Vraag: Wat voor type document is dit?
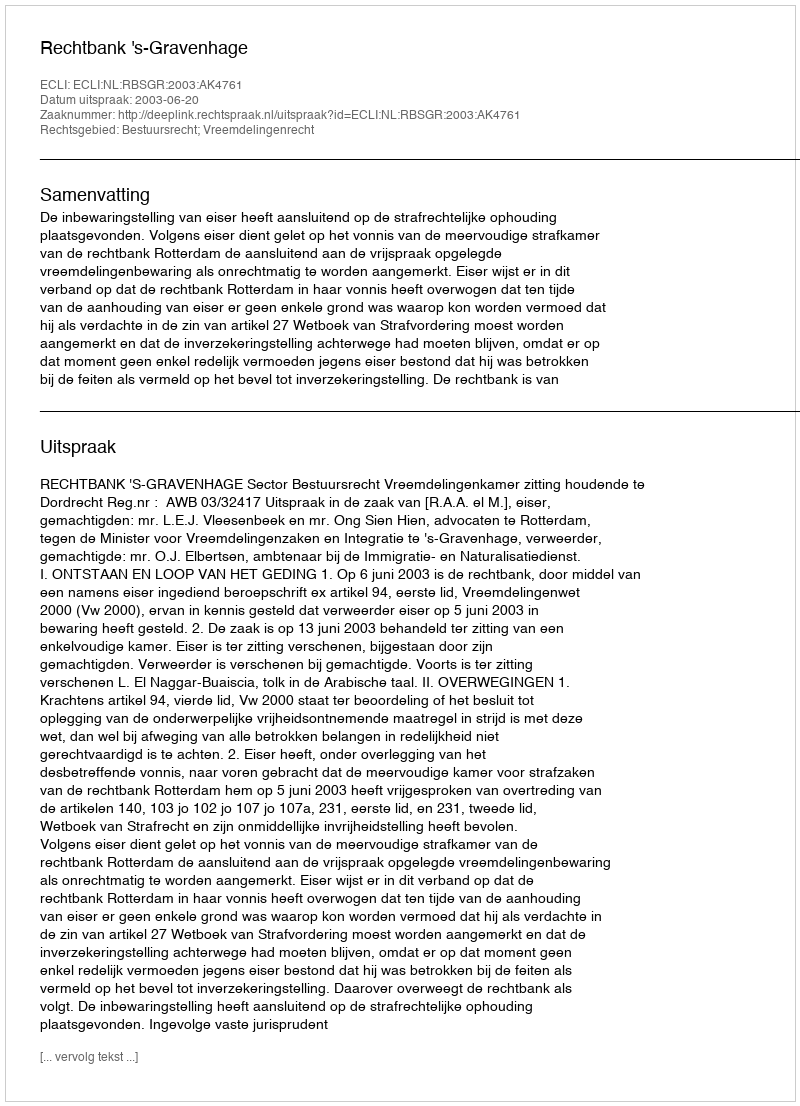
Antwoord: Uitspraak